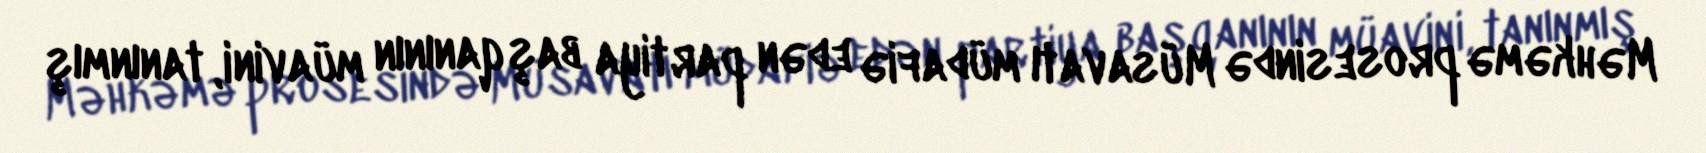
Məhkəmə prosesində Müsavatı müdafiə edən partiya başqanının müavini, tanınmış